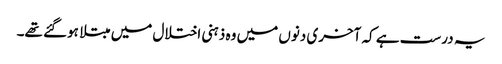
یہ درست ہے کہ آخری دنوں میں وہ ذہنی اختلال میں مبتلا ہوگئے تھے۔